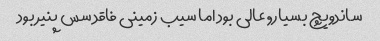
ساندویچ بسیار, عالی بود اما سیب زمینی فاقد سس پنیر بود